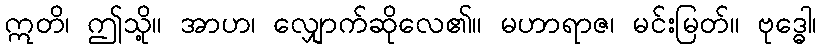
ဣတိ၊ ဤသို့။ အာဟ၊ လျှောက်ဆိုလေ၏။ မဟာရာဇ၊ မင်းမြတ်။ ဗုဒ္ဓေါ၊